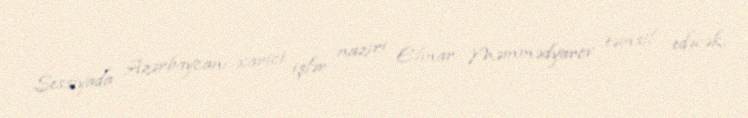
Sessiyada Azərbaycanı xarici işlər naziri Elmar Məmmədyarov təmsil edəcək.